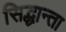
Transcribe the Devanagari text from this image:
सिद्धान्ता